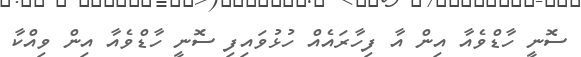
ސޮނީ ހާޑްވެއާ އިން އާ ފިހާރައެއް ހުޅުވައިފި ސޮނީ ހާޑްވެއާ އިން ވިއްކާ